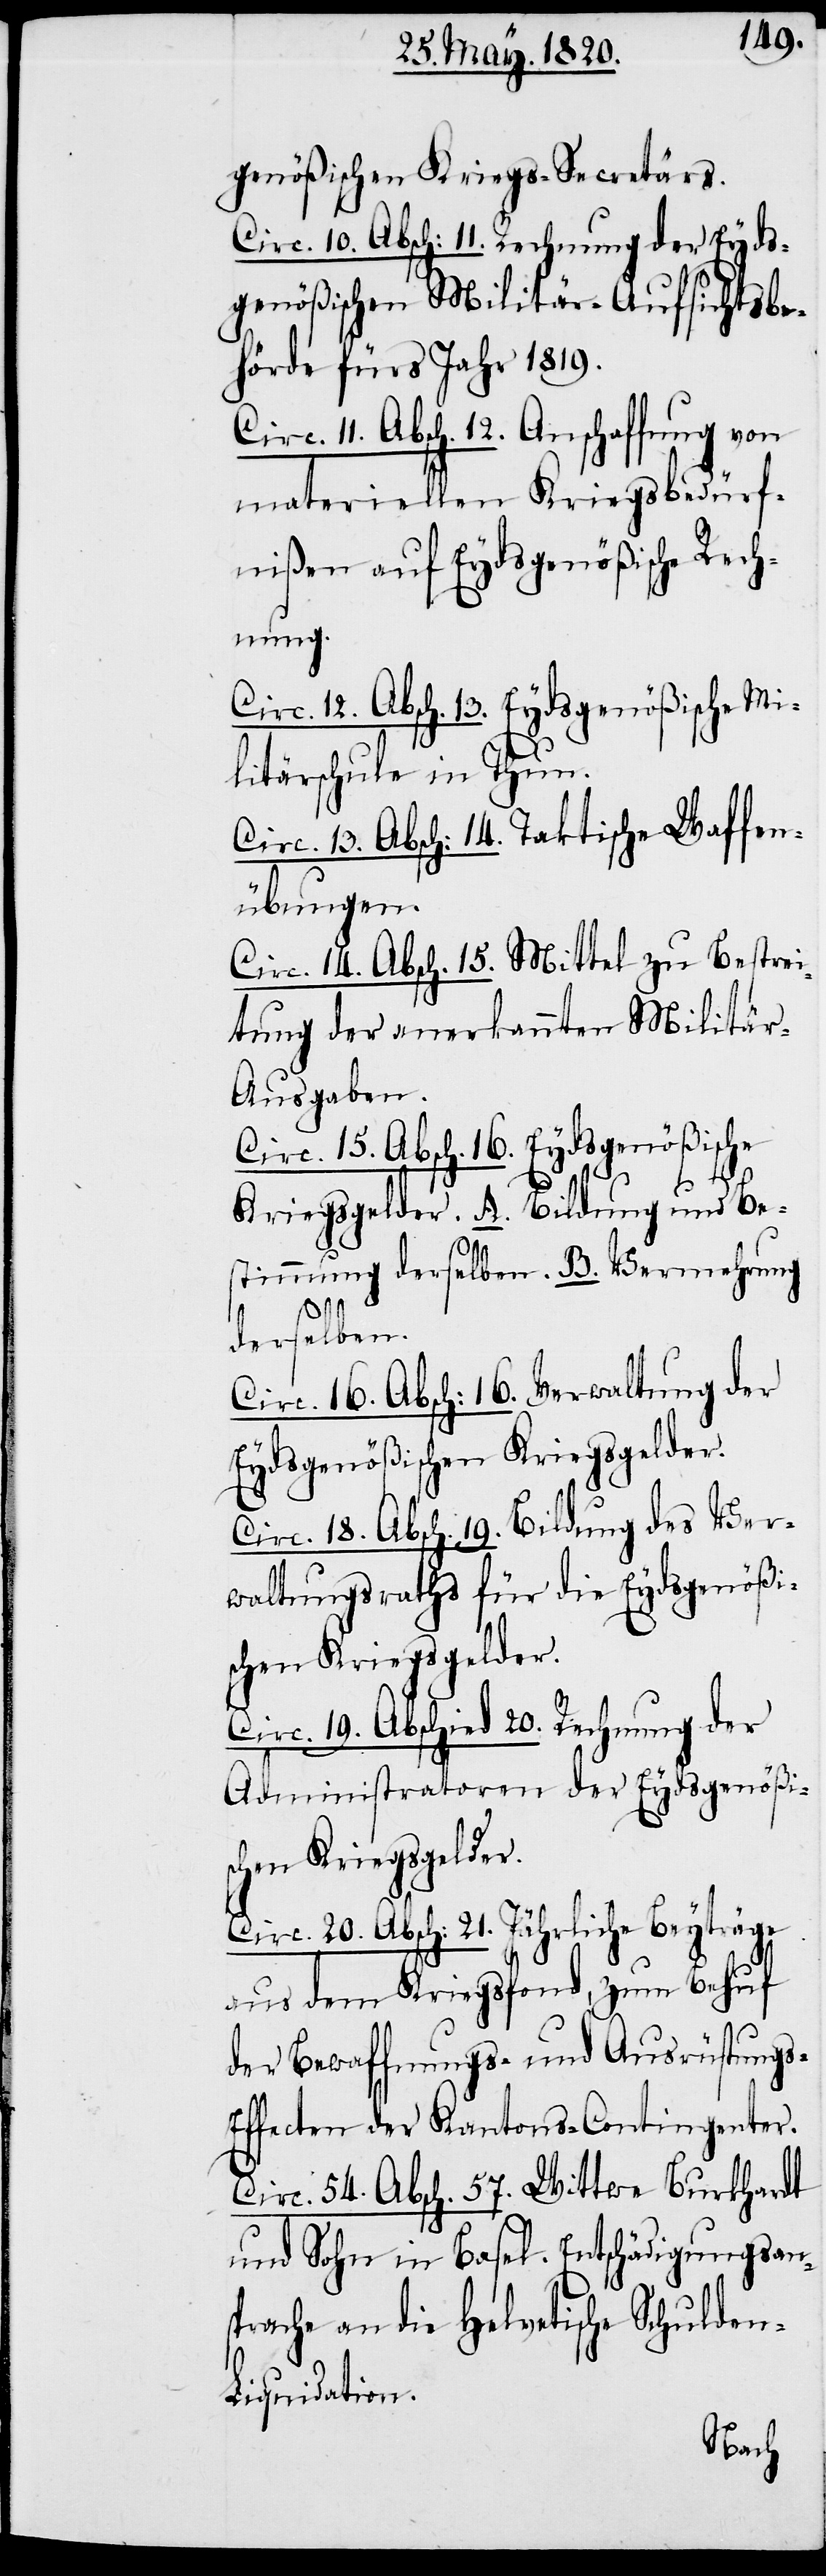
genößischen Kriegs-Secretärs.
Circ. 10. Absch: 11. Rechnung der Eyds¬
genößischen Militär-Aufsichtsbe¬
hörde fürs Jahr 1819.
Circ. 11. Absch. 12. Anschaffung von
materiellen Kriegsbedürf¬
nißen auf Eydsgenößische Rech¬
nung.
Circ. 12. Absch. 13. Eydsgenößische Mi¬
litärschule in Thun.
Circ. 13. Absch: 14. Taktische Waffen¬
übungen.
Circ. 14. Absch. 15. Mittel zu Bestrei¬
tung der anerkannten Militär-A¬
usgaben.
Circ. 15. Absch. 16. Eydsgenößische
Kriegsgelder. A. Bildung und Be¬
stimmung derselben. B. Vermehrung
n-L¬
derselben.
Circ. 16. Absch: 16. Verwaltung der
Eydsgenößischen Kriegsgelder.
Circ. 18. Absch. 19. Bildung des Ver¬
waltungsraths für die Eydsgenößi¬
schen Kriegsgelder.
Circ. 19. Absch. 20. Rechnung der
Administratoren der Eydsgenößi¬
schen Kriegsgelder.
Circ. 20. Absch: 21. Jährliche Beyträge
aus dem Kriegsfond, zum Behuf
der Bewaffnungs- und Ausrüstungs-E¬
ffecten der Kantons-Contingenter.
Circ. 54. Absch. 57. Wittwe Burkhardt
und Sohn in Basel. Entschädigungsans¬
prache an die Helvetische Schulde¬
iquidation.